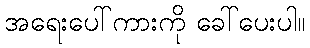
အရေးပေါ်ကားကို ခေါ်ပေးပါ။